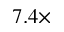
7 . 4 \times